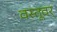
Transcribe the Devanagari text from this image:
वस्तूवर्